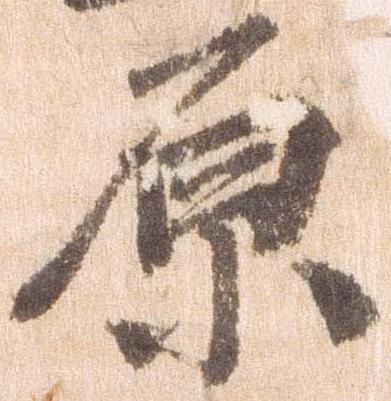
原